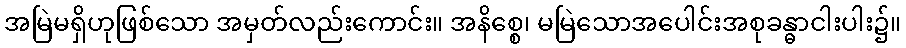
အမြဲမရှိဟုဖြစ်သော အမှတ်လည်းကောင်း။ အနိစ္စေ၊ မမြဲသောအပေါင်းအစုခန္ဓာငါးပါး၌။